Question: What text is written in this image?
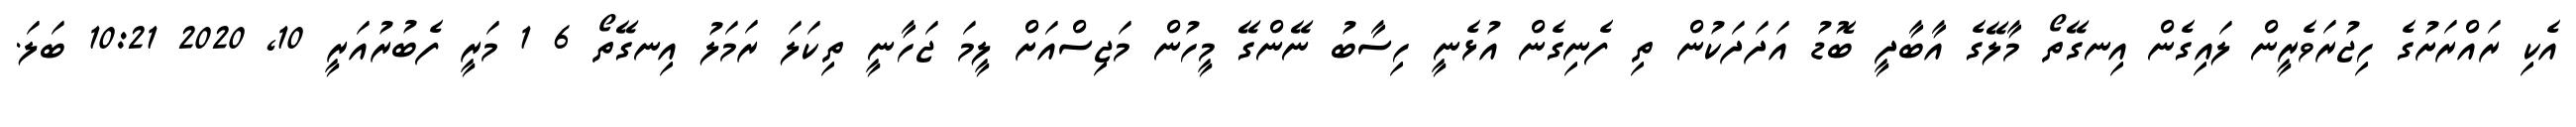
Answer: އެކި ރައްރަށުގެ ހިޖުރަވެރީން ލައިގެން އިނގޭތޯ މާލޭގެ އާބާދީ ބޮޑު އަދަދަކުން ތި ފެނިގެން އުޅެނީ ހިސާބު ނޭންގޭ މީހުން މަޖިސްއަށް ލީމަ ޖަހާނީ ތިކަލަ ރަމަލު އިނގޭތޯ 6 1 މަރީ ފެބުރުއަރީ 10, 2020 10:21 ބަލަ.